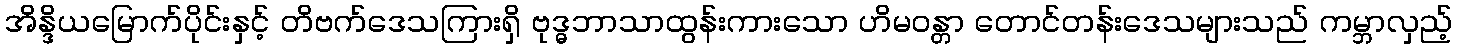
အိန္ဒိယမြောက်ပိုင်းနှင့် တိဗက်ဒေသကြားရှိ ဗုဒ္ဓဘာသာထွန်းကားသော ဟိမဝန္တာ တောင်တန်းဒေသများသည် ကမ္ဘာလှည့်